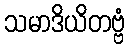
သမာဒိယိတဗ္ဗံ